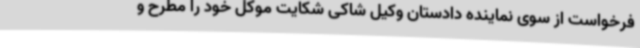
فرخواست از سوی نماینده دادستان وکیل شاکی شکایت موکل خود را مطرح و